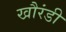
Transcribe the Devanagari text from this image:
खौरंडी